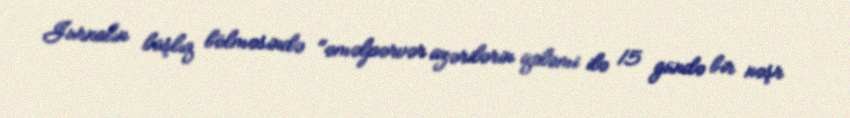
Jurnalın başlıq bölməsində "əməlpərvər azərilərin qələmi ilə 15 gündə bir nəşr